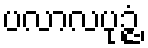
ပလာလပုဉ္ဇံ